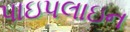
પાઇપલાઇન